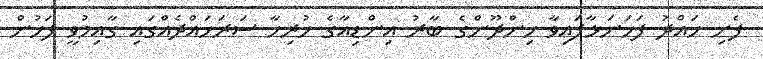
ފެށި ހައްދު ފަހަނަޅާފައިވާ ހިންދޫންގެ ބާރު އިންޑިއާގެ ހުރިހާ ސަރަހައްދެއްގައި ގާއިމުވީ ފަހުން